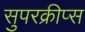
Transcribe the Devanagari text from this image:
सुपरक्रीप्स